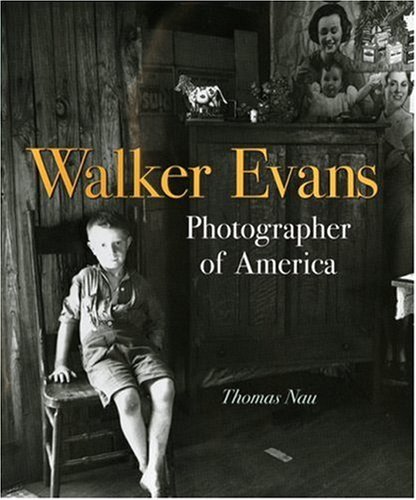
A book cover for Walker Evans: Photographer of America; Thomas Nau; Teen & Young Adult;